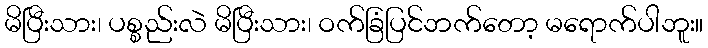
မိပြီးသား၊ ပစ္စည်းလဲ မိပြီးသား၊ ဝက်ခြံပြင်ဘက်တော့ မရောက်ပါဘူး။